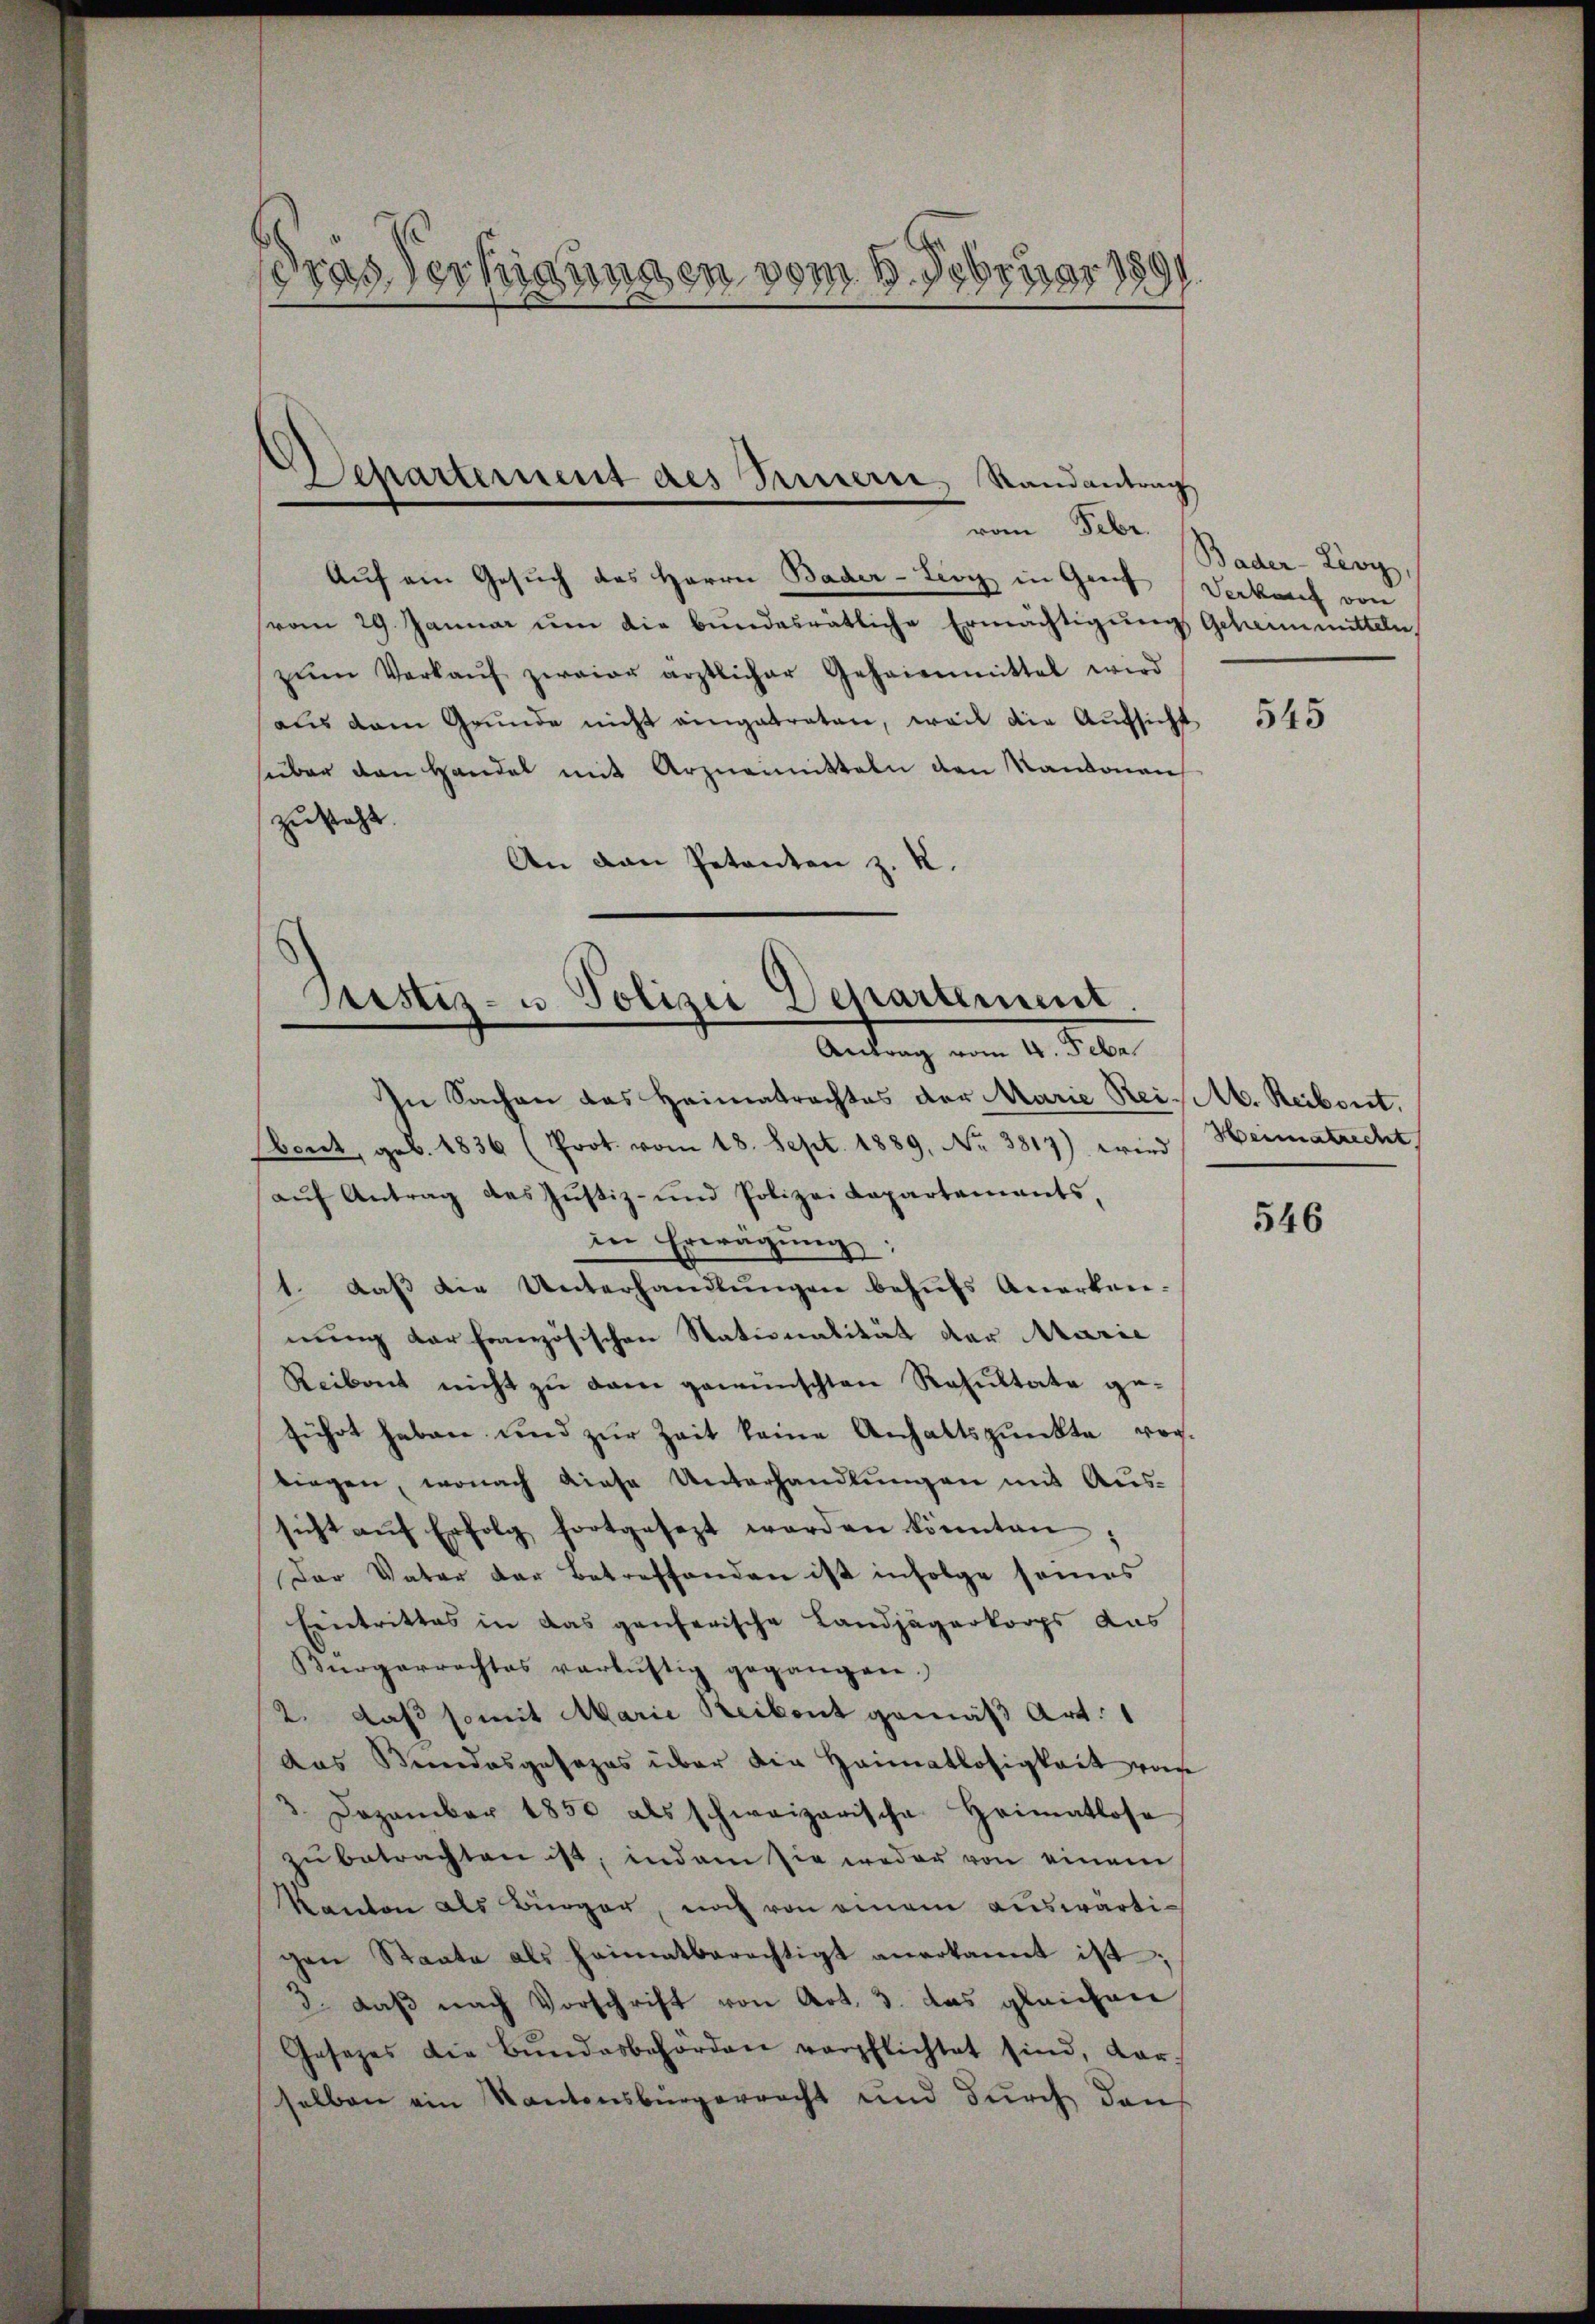
.
dras Vertigungen vom 6. De
d
3381
7.7
28.
98
ich
8
E

Separtement des Treuern, Randantrag

vom Febr.
Auf ein Gesuch des Herrn Bader-Livy in Greif Verkauf von
(vom 29. Januar um die bundesrätliche Ermächtigung Geheimmitteln,
zŭm Verkaŭf zwaiar ärztlicher Geheienmittel wird
aŭs dem Grŭnde nicht eingetraten, weil die Aŭfsicht
süber den Handel mit Arzneimitteln den Kantonen
zusteht.
An den Petenten z. R.

Justiz- u. Polizei Departement.
Antrag vom 4. Febr.

In Sachen das Heimatrachtes der Marie Reit. Reibort.
Ebert, geb. 1836 (Prot. vom 18. Sept. 1889, Nr. 3817) wird Heimatrecht
aŭf Antrag des Justiz- und Polizei Kapartements,
in Erwägung;
1. daβ die Unterhandlŭngen behŭfs Anerken-
nung der französischen Stationalität der Marie
Reibent nicht zu dem gewünschten Resultate ge-
führt haben und zŭr Zeit keine Anhaltspunkte vor-
liegen, wonach diese Unterhandlungen mit Aussicht aŭf Erfolg fortgesezt werden könnten;
Der Vater der Betreffenden ist infolge seines
Eintrittes in das ganferische Landjägerkorps das
Bürgerrechtes verlustig gegangen.)
2. daß somit Marie Reibent gemäß Art. 1
das Bundesgesezes über die Heimatlosigkeit von
3 Dezember 1850 als schweizerische Heimatlose
zu betrachten ist, indem sie weder von einem
Kanton als Bürger, noch von einem auswärtigen Staate als heimatberechtigt anerkannt ist;
3. daβ nach Vorschrift von Art. 3. das gleichen
Gesezes die Bŭndesbehörden verpflichtet sind, dar-
selben ein Kantonsbürgerracht und durch den

Bader-Livy,

545

546